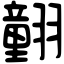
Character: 𦒍